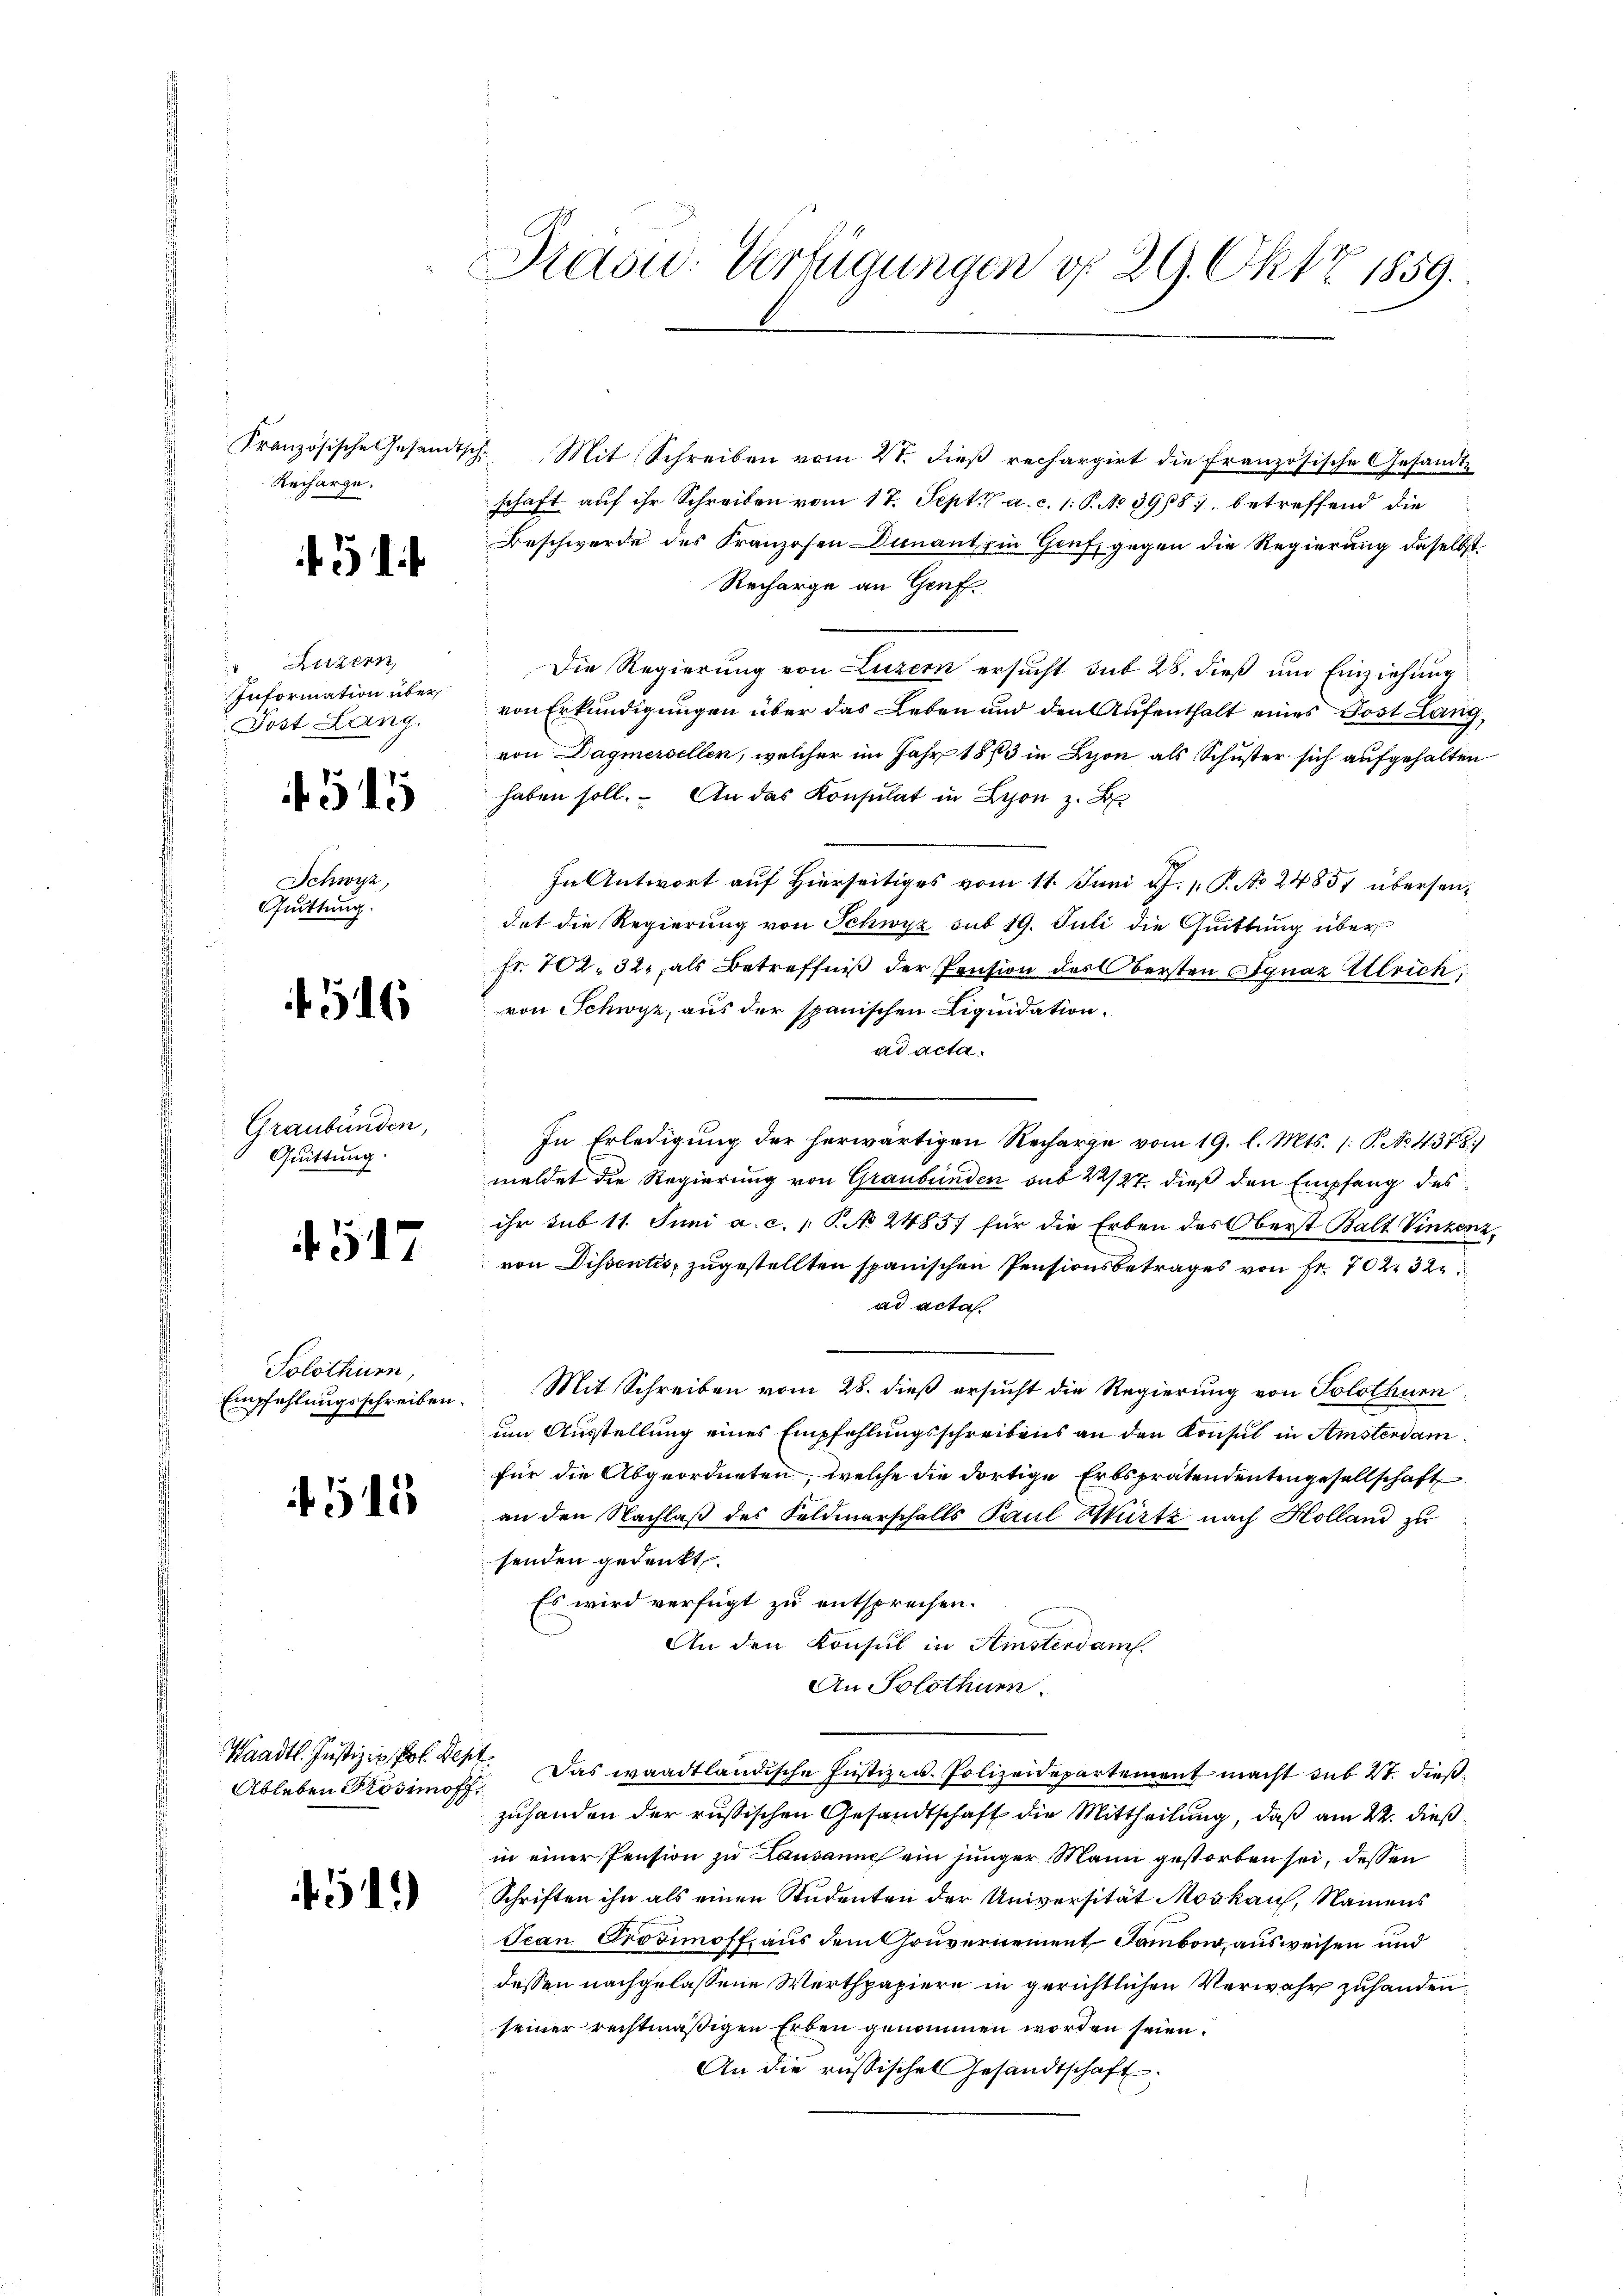
Französische Gesandtsch
Recharge.

Luzern
Information über¬
Post Lang.

515

Schwyz,
Quittung.

16

Graubünden,
Quittung.

457

Solothurn,
Empfehlungsschreiben.

515

Ableben Grösimoff,

4519)

Prasw: Verfügungen d. 29. Okt 1859.

7. Mit Schreiben vom 27. dieβ rechargirt die Französische Gesandt-
schaft auf ihr Schreiben vom 17. Sept. a. c. 1: P. No 398, betreffend die
Beschwerde des Franzosen unant in Genf gegen die Regierung daselbst.
Recharge an Genf.
Die Regierung von Luzern ersucht sub 28. dieß um Einziehung
von Erkundigungen über das Leben und den Aufenthalt eines Post Lang,
von Dagmersellen, welcher im Jahr 1873 in Lyon als Schuster sich aufgehalten
haben soll. An das Konsulat in Lyon z. B.
In Antwort auf Hierseitiges vom 11. Juni d.J. P. No 24857 übersendat die Regierung von Schwyz sub 19. Juli die Quittung über
fr. 102. 32., als Betreffniß der Pension des Obersten Ignaz Alleich
von Schwyz, aus der spanischen Liquidation.
ad acta.
In Erledigung der herwärtigen Recharge vom 19. l. Mts. 1. P. No. 4378)
meldet die Regierung von Graubünden sub 22/27. dieß den Empfang des
ihr sub 11. Juni a. c. P. No 2485 für die Erben des Oberst Balt Vinzenz,
von Dissentis zugestellten spanischen Pensionsbetrages von Fr. 702. 32
ad acta.
Mit Schreiben vom 28. dieß ersucht die Regierung von Solothurn
um Ausstellung eines Empfehlungsschreibens an den Konsul in Amsterdam
für die Abgeordneten, welche die dortige Erbsprätendentengesellschaft
an den Nachlaß des Feldmarschalls Paul Würtz nach Holland zu
senden gedenkt.
Es wird verfügt zu entsprechen.
An den Konsul in Ainsterdanf.
An Solothur.
Waadt. Justiz - Pol Seht. Das waadtländische Justizen Polizeidepartement macht sub 27. dießzuhanden der russischen Gesandtschaft die Mittheilung, daß am 22. dieß
in einer Pension zu Lausanne ein jünger Mann gestorben sei, dessen
Schriften ihn als einen Studenten der Universität Moskauf, Namens
Scan Provimoff, aus dem Gouvernement Sambon, ausweisen und
dessen nachgelassene Werthpapiere in gerichtlichen Verwahr zuhanden.
seiner rechtmäßigen Erben genommen worden seien.
An die russisches Gesandtschaft: